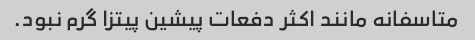
متاسفانه مانند اکثر دفعات پیشین پیتزا گرم نبود.